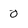
Character: 0